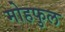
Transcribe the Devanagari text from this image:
मोहफुल